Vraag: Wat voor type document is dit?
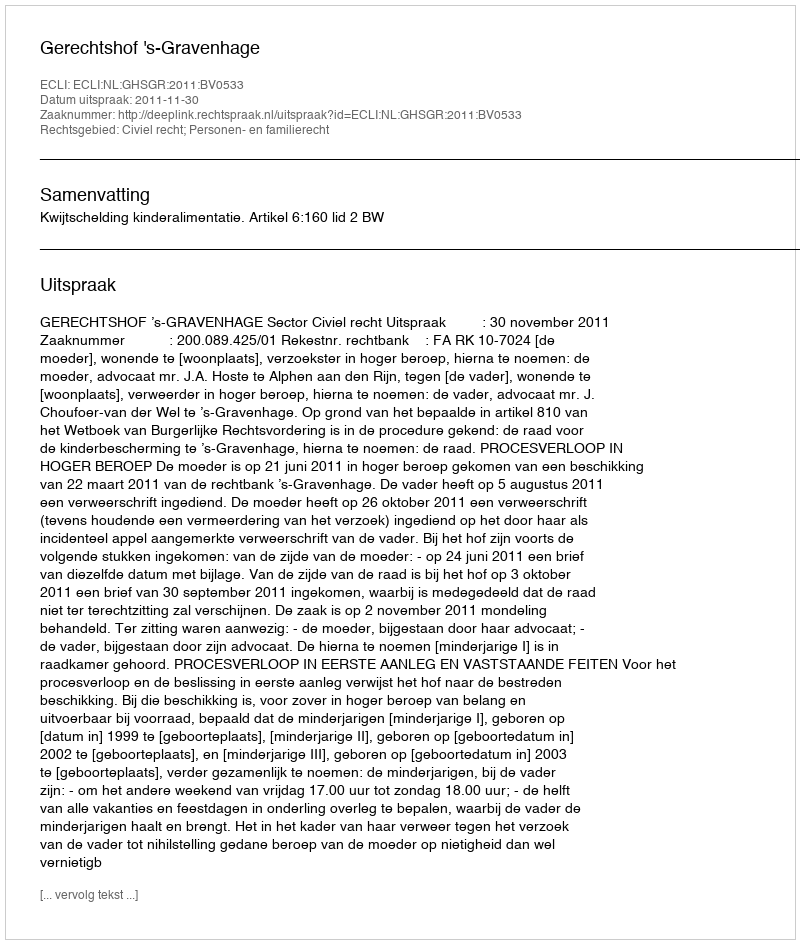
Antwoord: Uitspraak